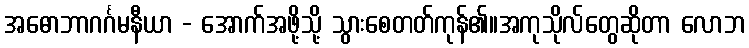
အဓောဘာဂင်္ဂမနီယာ - အောက်အဖို့သို့ သွားစေတတ်ကုန်၏။အကုသိုလ်တွေဆိုတာ လောဘ